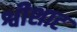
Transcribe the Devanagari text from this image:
श्वीशाट